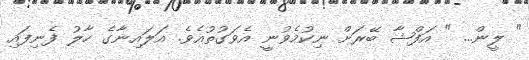
" ލީން... " އަފްޝާ ބޭރަށް ނިކުމެވުނީ އެވަގުތުއެވެ. އަލައިނާގެ ހާލު ފެނިފައި